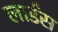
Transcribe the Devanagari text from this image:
लार्डंस